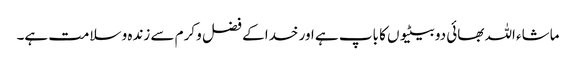
ماشاء اللہ بھائی دو بیٹیوں کا باپ ہے اور خدا کے فضل و کرم سے زندہ و سلامت ہے۔